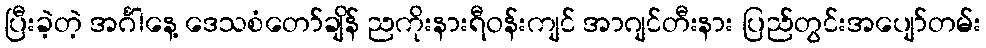
ပြီးခဲ့တဲ့ အင်္ဂါနေ့ ဒေသစံတော်ချိန် ညကိုးနားရီဝန်းကျင် အာဂျင်တီးနား ပြည်တွင်းအပျော်တမ်း